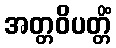
အတ္တဝိပတ္တိံ